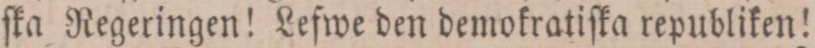
ſka Regeringen! Lefwe den demokratiſka republiken!